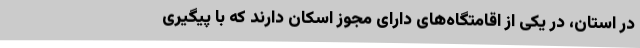
در استان، در یکی از اقامتگاه‌های دارای مجوز اسکان دارند که با پیگیری